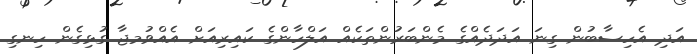
އަދި އެހިސާބުން ގިނަ އަދަދެއްގެ މެންބަރުންތަކެއް އަލްހާންގެ ކައިރިއަށް އެއްވުމޖާ ގުޅިގެން ހިނގި